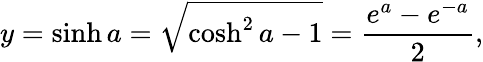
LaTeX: y=\sinh a={\sqrt{\cosh^{2}a-1}}={\frac{e^{a}-e^{-a}}{2}},